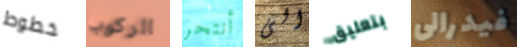
خطوط الركوب أنتحر الى بتعليق فيدرالى